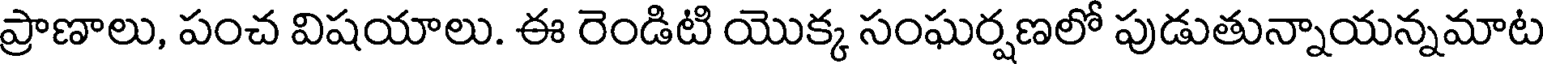
ప్రాణాలు, పంచ విషయాలు. ఈ రెండిటి యొక్క సంఘర్షణలో పుడుతున్నాయన్నమాట